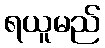
ရယူမည်